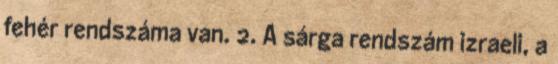
fehér rendszáma van. 2. A sárga rendszám izraeli, a